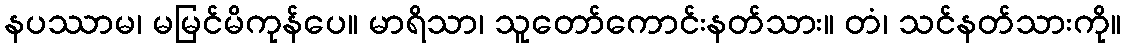
နပဿာမ၊ မမြင်မိကုန်ပေ။ မာရိသာ၊ သူတော်ကောင်းနတ်သား။ တံ၊ သင်နတ်သားကို။